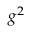
g ^ { 2 }